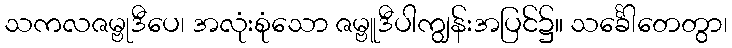
သကလဇမ္ဗုဒီပေ၊ အလုံးစုံသော ဇမ္ဗူဒီပါကျွန်းအပြင်၌။ သင်္ခေါတေတွာ၊